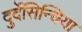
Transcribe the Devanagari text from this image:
दुर्देसिन्धिया